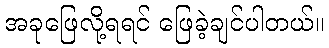
အခုဖြေလို့ရရင် ဖြေခဲ့ချင်ပါတယ်။